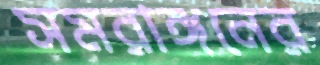
সমরাঙ্গনের